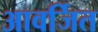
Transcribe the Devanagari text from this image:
आवर्जित